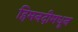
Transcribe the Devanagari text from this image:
हिमनदीमधून